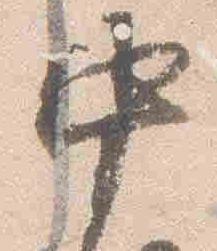
中